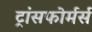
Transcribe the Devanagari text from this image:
ट्रांसफोर्मर्स